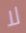
لا